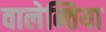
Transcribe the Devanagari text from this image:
वालेन्तिया